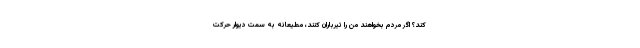
کند؟ اگر مردم بخواهند من را تیرباران کنند، مطیعانه به سمت دیوار حرکت